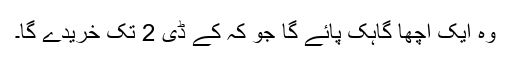
وہ ایک اچھا گاہک پائے گا جو کہ کے ڈی 2 تک خریدے گا۔